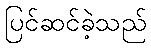
ပြင်ဆင်ခဲ့သည်